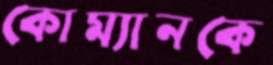
কোম্যানকে